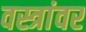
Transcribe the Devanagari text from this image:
वस्त्रांवर